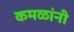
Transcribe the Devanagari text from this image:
कमळांनी